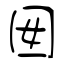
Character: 囡